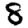
Digit: 8